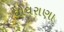
ઘોઘરાણા